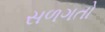
સળગતો